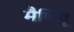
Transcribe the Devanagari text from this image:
मैथियू